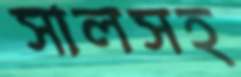
সালসহ